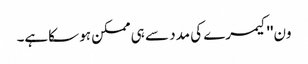
ون''کیمرے کی مدد سے ہی ممکن ہو سکاہے۔